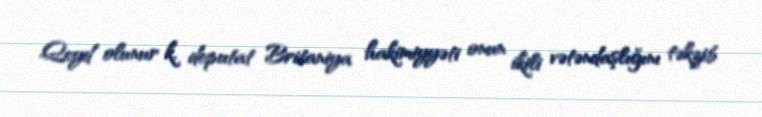
Qeyd olunur k, deputat Britaniya hakimiyyəti onun ikili vətəndaşlığını təkzib